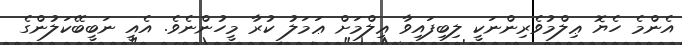
އެންމެ ހެޔޮ ޢިލްމުވެރިންނަކީ ލިބިފައިވާ ޢިލްމަށް ޢަމަލު ކުރާ މީހުންނެވެ. އެއީ ނަބީބޭކަލުންގެ